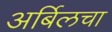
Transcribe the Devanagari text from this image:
अर्बिलचा